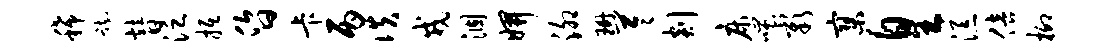
稀踟替泛抵昏卡丙佚戎涸妍泖珊苓剡床嗤彰寥皇添倍柳